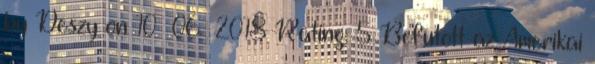
by Deszy on 10 06 2018 Rating: 5 Befutott az Amerikai